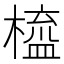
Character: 橀